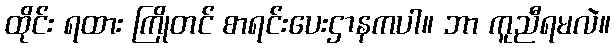
ထိုင်း ရထား ကြိုတင် စာရင်းပေးဌာနကပါ။ ဘာ ကူညီရမလဲ။